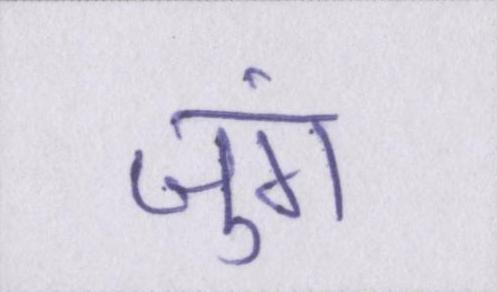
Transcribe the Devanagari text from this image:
जुंग